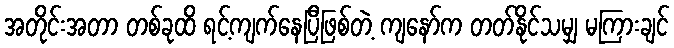
အတိုင်းအတာ တစ်ခုထိ ရင့်ကျက်နေပြီဖြစ်တဲ့ ကျနော်က တတ်နိုင်သမျှ မကြားချင်